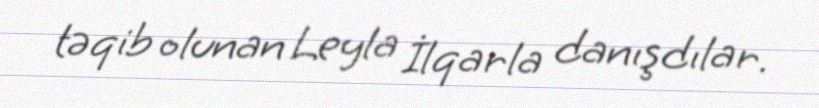
təqib olunan Leyla İlqarla danışdılar.